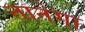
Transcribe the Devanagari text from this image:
तानेगा